Civil Veterinary Dept. Assam report 1927-50 - 1927-1950
Year: 1927
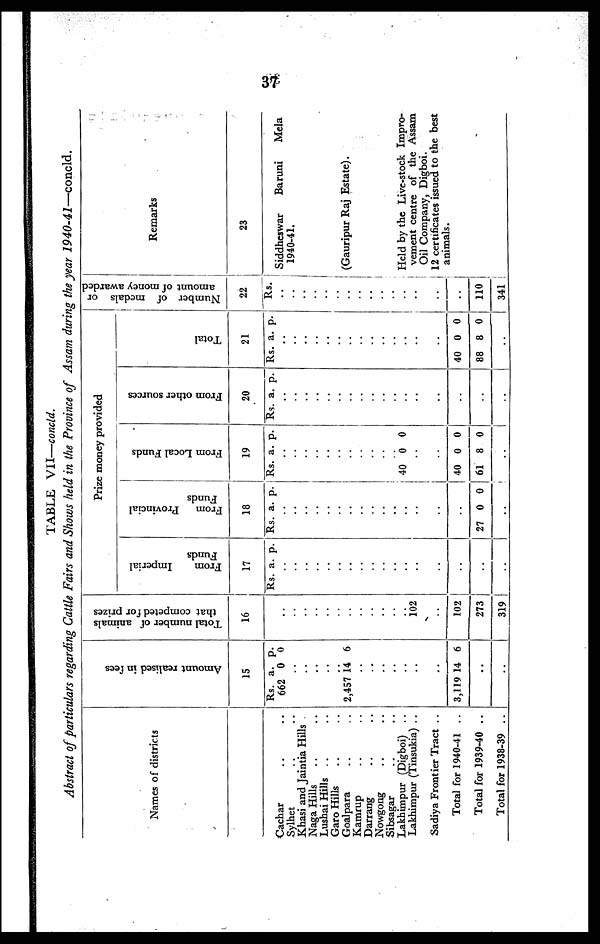
37
TABLE VII—concld.
Abstract of particulars regarding Cattle Fairs and Shows held in the Province of Assam during the year
1940-41—concld.
Names of districts
Cachar .. ..
Sylhet .. ..
Khasi and Jaintia Hills .
Naga Hills .. ..
Lushai Hills .. ..
Garo Hills .. ..
Goalpara .. ..
Kamrup .. ..
Darrang .. ..
Nowgong .. ..
Sibsagar .. ..
Lakhimpur (Digboi) ..
Lakhimpur (Tinsukia) ..
Sadiya Frontier Tract ..
Total for 1940-41 ..
Total for 1939-40 ..
Total for 1938-39 ..
Amount realised in fees
15
Rs.
662
a.
0
p.
0
..
..
..
..
..
2,457 14 6
..
..
..
..
..
..
..
3,119 14 6
..
..
Total number of animals
that competed for prizes
16
....
..
..
..
..
..
..
..
..
..
..
..
102
..
102
273
319
Prize money provided
From Imperial
Funds
17
Rs . a. p.
..
..
..
..
..
..
..
..
..
..
..
..
..
..
..
..
..
From Provincial
Funds
18
Rs. a. p.
Rs
..
.. ..
..
..
..
..
.. ..
.. ..
.. ..
.. ..
.. ..
..
..
.. ..
..
..
40
..
..
..
..
..
27 0
40
0
61
..
..
From Local Funds
19
Rs . a. p.
..
..
..
..
..
..
..
..
..
..
..
40 0 0
..
..
40
61
0
8
0
0
..
From other sources
20
Rs. a. p.
..
..
..
..
..
..
..
..
..
..
..
..
..
..
..
..
..
Total
21
Rs. a. p.
..
..
..
..
..
..
..
..
..
..
..
..
..
..
40
88
..
0
8
0
0
Number of medals or
amount of money awarded
22
Rs.
..
..
..
..
..
..
..
..
..
..
..
..
..
..
..
110
341
Remarks
23
Siddheswar
Baruni
Mela
1940-41.
(Gauripur Raj Estate).
Held by the Live-stock Impro-
vement centre of the Assam
Oil Company, Digboi.
12 certificates issued to the best
animals.